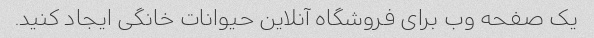
یک صفحه وب برای فروشگاه آنلاین حیوانات خانگی ایجاد کنید.